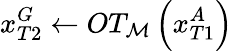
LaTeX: x_{T2}^{G}\leftarrow OT_{\mathcal{M}}\left(x_{T1}^{A}\right)